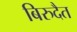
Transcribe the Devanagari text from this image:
बिरुदैत